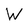
Character: W